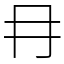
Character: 冄